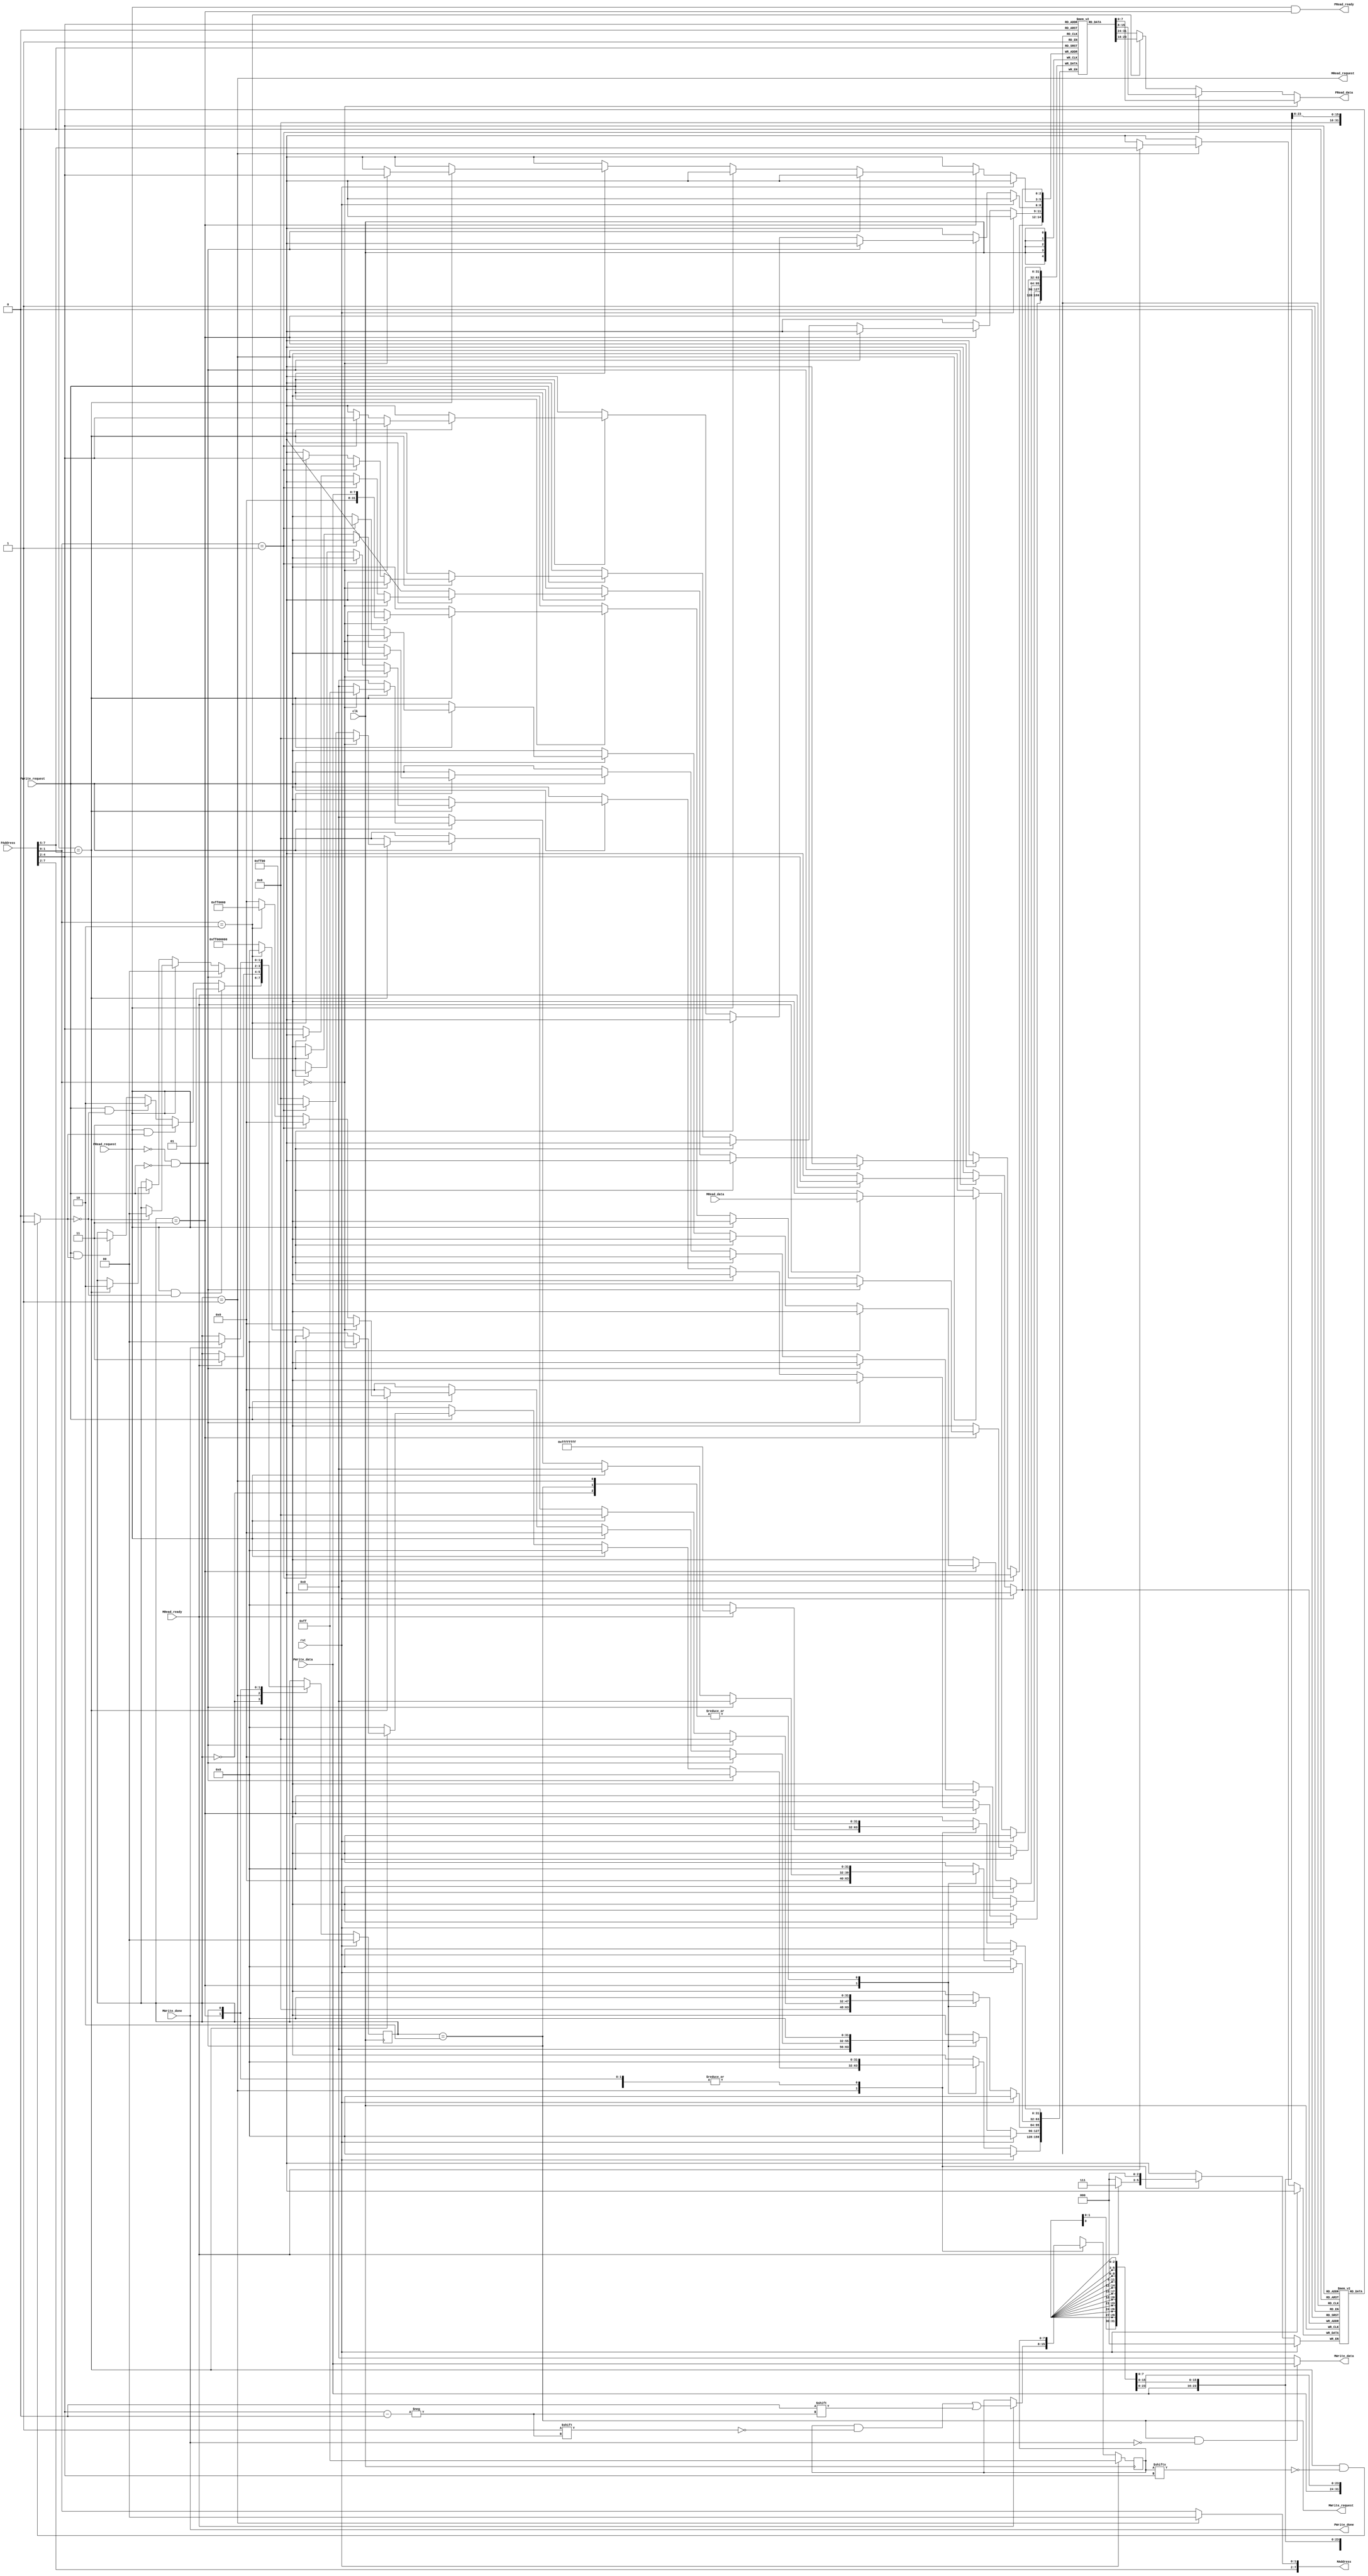
`timescale 1ns / 1ps
//////////////////////////////////////////////////////////////////////////////////
// Company: 
// Engineer: 
// 
// Design Name: 
// Module Name: cache
// Project Name: 
// Target Devices: 
// Tool Versions: 
// Description: 
// 
// Dependencies: 
// 
// Revision:
// Revision 0.01 - File Created
// Additional Comments:
// 
//////////////////////////////////////////////////////////////////////////////////


module cache( PRead_request,PWrite_request,PWrite_data,PAddress,clk,rst,MRead_data,MRead_ready,MWrite_done,
MRead_request,MWrite_request,MWrite_data,MAddress,PRead_ready,PWrite_done,PRead_data);
//Processor Interface
input PRead_request;
input PWrite_request;
input [7:0] PWrite_data;
input [7:0] PAddress;
output PRead_ready;
output PWrite_done;
output [7:0] PRead_data;
//Memory Interface
output MRead_request;
output MWrite_request;
output [7:0] MWrite_data;
output [7:0] MAddress;
input MRead_ready;
input MWrite_done;
input [31:0] MRead_data;

//other ports
input clk;
input rst;
//
`define IDLE 8'd0
`define READING 8'd1
`define WRITING 8'd2
`define RESPONSE 8'd3

//8 blocks and each 32 bits
reg [31:0] blocks[7:0];
reg [2:0]cache_tags[7:0];
reg [7:0] invalid;
reg [1:0]state;
//
wire cache_hit;
reg data_out;
///
//

wire[2:0]p_tag=PAddress[7:5];
wire[2:0]p_block_select=PAddress[4:2];
wire[1:0]p_byte_in_block=PAddress[1:0];


always@(posedge clk)
begin
    if(rst)
    begin
        state <= `IDLE;
        invalid<=8'hFF;
    end
    else
    begin
        case(state)
        `IDLE:
        begin
            if(PRead_request & ~cache_hit)
                begin
                    state<=`READING;
                 end
            else if(PRead_request & cache_hit)
                begin
                    state<=`RESPONSE;
                end  
            else if(PWrite_request & ~cache_hit)
                begin
                    state<=`WRITING;
                end
            else if(PWrite_request & cache_hit)
                begin
                    state<=`RESPONSE;
                end                           
        end   
        `READING:
        begin
        //wait for memory to signal success
            if (MRead_ready)
            begin
            blocks[p_block_select] <= MRead_data;
            cache_tags[p_block_select] <= p_tag;
            invalid[p_block_select]<=1'b0;
            state<=`RESPONSE;
            end
        end
        `RESPONSE:
        begin
            if(~PRead_request && ~PWrite_request)
            begin
            state<=`IDLE;
            end
           else if(PRead_request)
            begin
                if( cache_tags[p_block_select]== p_tag)                           
                state<=`IDLE;
            end
           else if (PWrite_request)
            begin
                if (cache_tags[p_block_select] == p_tag)
                    begin
                        if(p_byte_in_block==2'd0)
                        begin
                            blocks[p_block_select][7:0]<=PWrite_data;                           
                        end 
                        else if(p_byte_in_block==2'd1) 
                        begin
                            blocks [p_block_select][15:8]<=PWrite_data;                           
                        end
                        else if(p_byte_in_block==2'd2)
                        begin
                            blocks [p_block_select][23:16]<=PWrite_data;                           
                        end
                        else
                        begin
                            blocks [p_block_select][31:24]<=PWrite_data;                           
                        end     
                    
                  
                        invalid[p_block_select]=1'b0;
                        state<=`WRITING;
                     end      
            end
        end
        `WRITING:
            begin
            if(MWrite_done)
                begin
                state<=`IDLE;
                end        
            end
        
       
        endcase
    end
end
        //cache hit assignment
        assign cache_hit=((cache_tags[p_block_select] == p_tag) & ~invalid[p_block_select]) ? 1:0;
        //
        assign PRead_ready=(PRead_request & (state==`RESPONSE));
        
        assign MRead_request =(state == `READING);
        
        assign MWrite_request=(state==`WRITING);
        //
        assign PWrite_done=MWrite_done;;
        
        //
        assign MWrite_data= ((state==`WRITING) & ~MWrite_done)? PWrite_data:0;
        //////(state==`WRITING)? PWrite_data: (p_byte_in_block==2'd0 ? blocks[p_block_select][7:0]:    
            ////                 p_byte_in_block==2'd1 ? blocks [p_block_select][15:8]:  
              ////               p_byte_in_block==2'd2 ? blocks [p_block_select][23:16]: 
                //                                     blocks [p_block_select][31:24]); 
        
        assign MAddress =(state == `READING)? {PAddress[7:2],2'b00}:PAddress;
        //data to be sent to processor after being read.
        assign PRead_data =     (p_byte_in_block==2'd0 )? blocks[p_block_select][7:0]:
                                (p_byte_in_block==2'd1 )? blocks [p_block_select][15:8]: 
                                (p_byte_in_block==2'd2 )? blocks [p_block_select][23:16]:
                                                          blocks [p_block_select][31:24];
        
endmodule